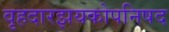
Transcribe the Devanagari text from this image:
वृहदारझयकोपनिषद